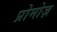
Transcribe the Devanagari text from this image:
प्रोमोज़